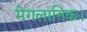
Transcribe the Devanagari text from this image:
मेगलानिक।